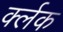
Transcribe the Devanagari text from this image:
र्क्लक